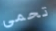
تحمى